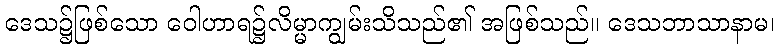
ဒေသ၌ဖြစ်သော ဝေါဟာရ၌လိမ္မာကျွမ်းသိသည်၏ အဖြစ်သည်။ ဒေသဘာသာနာမ၊